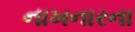
નાખનારના